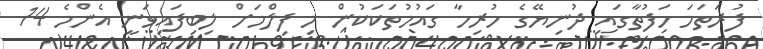
ފުރަތަމަ ހަފުތާގައި ދުނިޔޭގެ ހުރިހާ ގައުމުތަކަކުން މި ފިލްމަށް ލިބިފައިވަނީ އެންމެ 14